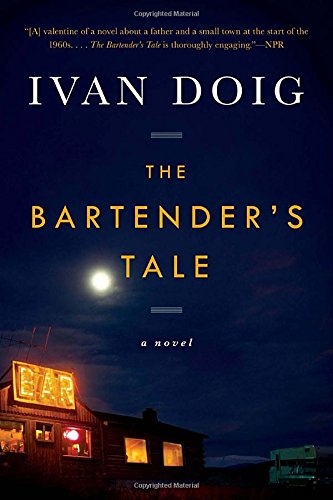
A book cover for The Bartender's Tale; Ivan Doig; Literature & Fiction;